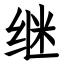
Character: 继